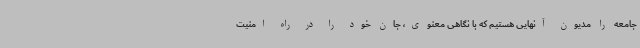
جامعه را مدیون آنهایی هستیم که با نگاهی معنوی، جان خود را در راه امنیت